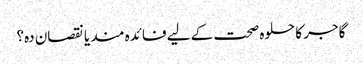
گاجر کا حلوہ صحت کے لیے فائدہ مند یا نقصان دہ؟